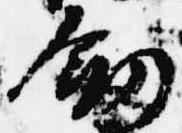
剣